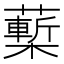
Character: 𧀵